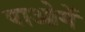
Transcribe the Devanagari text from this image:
पाओगें